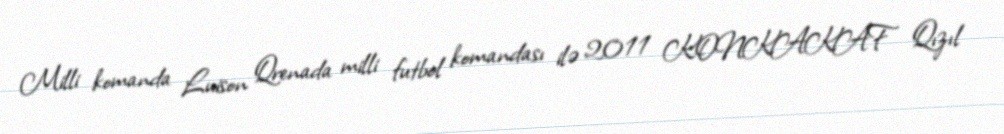
Milli komanda Luison Qrenada milli futbol komandası ilə 2011 KONKAKAF Qızıl